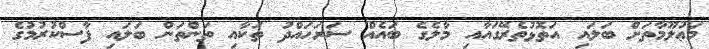
މަޢުލޫމާތަށް ބަލައި އަތޮޅުތެރޭގައާއި މާލެގެެ ބައެއް ސަރަހައްދު ތަކާއި ތަންތަން ބަލައި ފާސްކުރުމުގެ